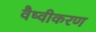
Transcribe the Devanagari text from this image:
वैष्वीकरण